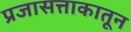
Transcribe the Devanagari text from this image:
प्रजासत्ताकातून